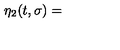
\eta _ { 2 } ( t , \sigma ) =